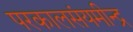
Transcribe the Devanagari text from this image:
परकालसंयमीन्द्र